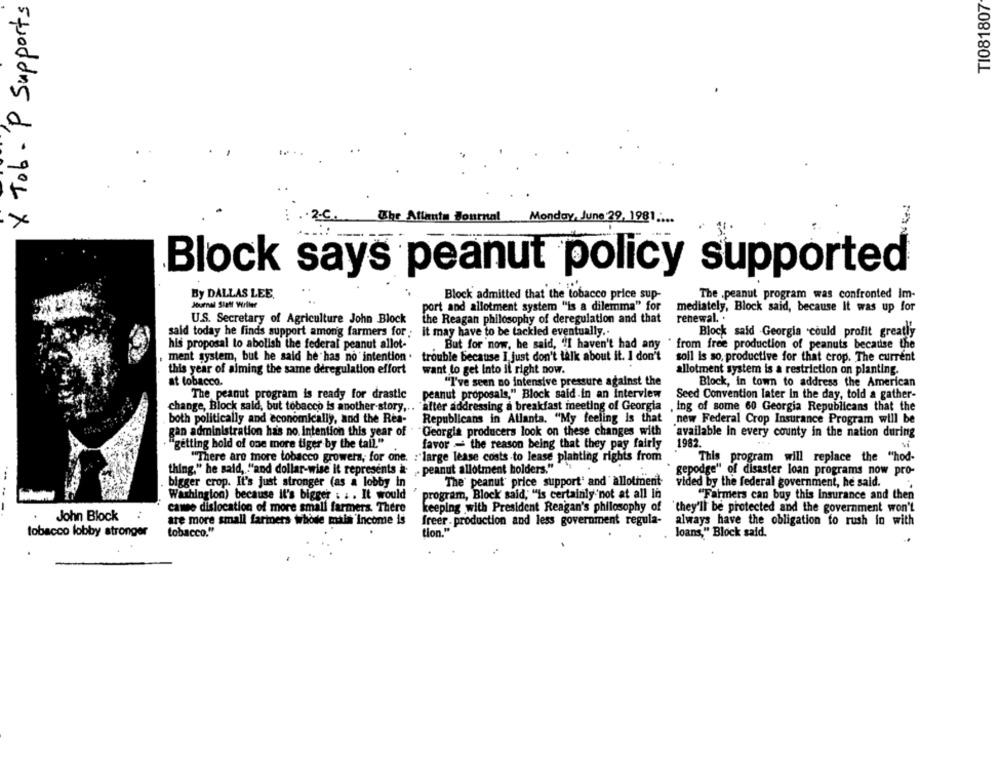
X Tob . P Supports
TI081807
The Atlanta Journal Monday, June 29, 1981 ...
Block says peanut policy supported
By DALLAS LEE.
Block admitted that the tobacco price sup-
The ,peanut program was confronted im-
port and allotment system "is a dilemma" for
mediately, Block said, because It was up for
U.S. Secretary of Agriculture John Block
the Reagan philosophy of deregulation and that
renewal. .
said today he finds support among farmers for; it may have to be tackled eventually ..
Block said Georgia could profit greatly
his proposal to abolish the federal peanut allot-
But for now, he said, "I haven't had any . from free production of peanuts because the
ment system, but he said he has no intention .
trouble because I just don't talk about it. I don't
soll is so, productive for that crop. The current
this year of aiming the same deregulation effort
want to get Into il right now.
allotment system is a restriction on planting.
"I've seen no intensive pressure against the
at tobacco.
Block, in town to address the American
The peanut program is ready for drastic
peanut proposals," Block said in an Interview
Seed Convention later In the day, told a gather-
change, Block said, but tobacco is another story ,..
change, Block said, but tobacco is another story ,.. 'alter addressing a breakfast meeting of Georgia
.ing of some 60 Georgia Republicans that the
Republicans in Atlanta. "My feeling is that
both politically and economically, and the Rea-
new Federal Crop Insurance Program will be
gan administration has no. Intention this year of "
"Georgia producers look on these changes with
available In every county in the nation during
"getting hold of one more tiger by the tall."
favor - the reason being that they pay fairly
1982
"There are more tobacco growers, for one. : large lease costs to lease planting rights from
This program will replace the "hod-
thing," he said, "and dollar-wise it represents a .peanut allotment holders."
gepodge" of disaster loan programs now pro-
bigger crop. It's just stronger (as a lobby in
The' peanut' price support' and allotment-
vided by the federal government, he said.
Washington) because it's bigger . . . It would
program, Block said, "is certainly not at all In
"Farmers can buy this insurance and then
camee dislocation of more small farmers. There
keeping with President Reagan's philosophy of
they'll be protected and the government won't
John Block
are more small fariners whode mala Income is
freer . production and less government regula-
always have the obligation to rush lo with
tobacco lobby stronger
tobacco."
tion.
loans," Block said.